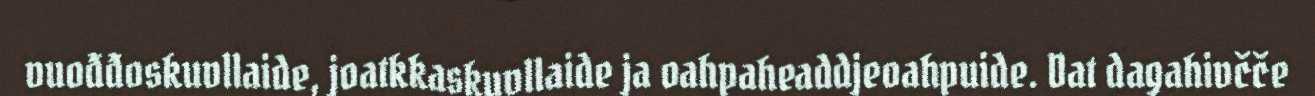
vuođđoskuvllaide, joatkkaskuvllaide ja oahpaheaddjeoahpuide. Dat dagahivčče